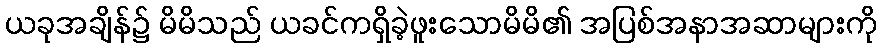
ယခုအချိန်၌ မိမိသည် ယခင်ကရှိခဲ့ဖူးသောမိမိ၏ အပြစ်အနာအဆာများကို